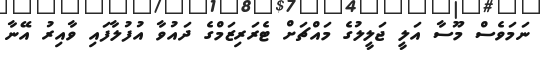
ނަމަވެސް މޫސާ އަލީ ޖަލީލުގެ މައްޗަށް ޓެރަރިޒަމްގެ ދައުވާ އުފުލާފައި ވާއިރު އޭނާ